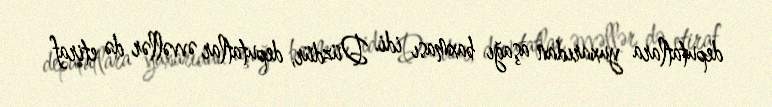
deputatlara yuxarıdan aşağı baxması idi. Düzdür, deputatlar əvvəllər də etiraf